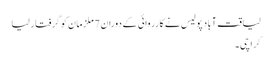
لیاقت آباد پولیس نے کارروائی کے دوران 7 ملزمان کو گرفتار لیا
کراچی ۔